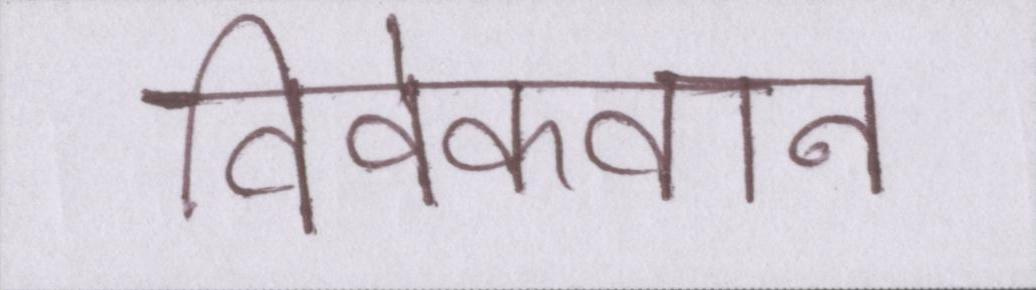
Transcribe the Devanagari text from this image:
विवेकवान